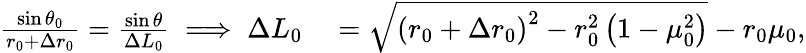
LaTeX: \begin{array}{rl}{\frac{\sin\theta_{0}}{r_{0}+\Delta r_{0}}=\frac{\sin\theta}{\Delta L_{0}}\implies\Delta L_{0}}&{{}=\sqrt{\left(r_{0}+\Delta r_{0}\right)^{2}-r_{0}^{2}\left(1-\mu_{0}^{2}\right)}-r_{0}\mu_{0},}\end{array}